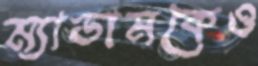
ম্যাডামকেও